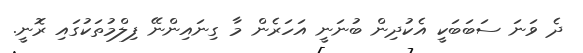
ދެ ވަނަ ސަބަބަކީ އެކުދިން ބުނަނީ އަހަރެން މާ ގިނައިންނޭ ފިލްމުތަކުގައި ރޮނީ.